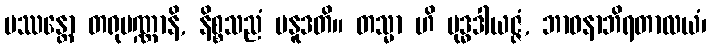
ပဿန္တော တရုပဏ္ဏာနိ, နိစ္စသညံ ပနူဒတိ။ တသ္မာ ဟိ ဗုဒ္ဓဒါယဇ္ဇံ, ဘာဝနာဘိရတာလယံ၊